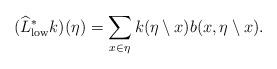
LaTeX: \begin{align*} (\widehat{L}^*_\mathrm{low}k)(\eta) =\sum_{x\in\eta} k(\eta\setminus x) b(x,\eta\setminus x). \end{align*}